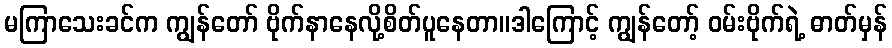
မကြာသေးခင်က ကျွန်တော် ဗိုက်နာနေလို့စိတ်ပူနေတာ။ဒါကြောင့် ကျွန်တော့် ဝမ်းဗိုက်ရဲ့ ဓာတ်မှန်